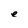
Character: e